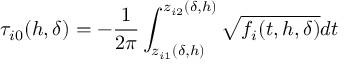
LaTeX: \tau _ { i 0 } ( h , \delta ) = - \frac { 1 } { 2 \pi } \int _ { z _ { i 1 } ( \delta , h ) } ^ { z _ { i 2 } ( \delta , h ) } \sqrt { f _ { i } ( t , h , \delta ) } d t